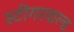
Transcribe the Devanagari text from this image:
स्टीगरवाल्ड